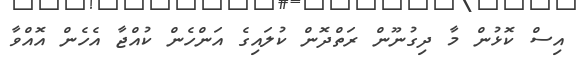
އިސް ކޮޅުން މާ ދިގުނޫން ރަތްދޮން ކުލައިގެ އަންހެން ކުއްޖާ އެހެން އޮއްވާ